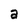
Character: a